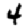
Digit: 4